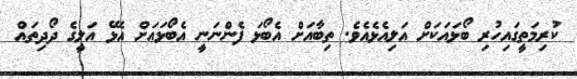
ކުރިމަތީގައިހުރި ބޯޅައަކަށް އަލިއެޅެއެވެ. ތިބާއަށް އެބޯޅަ ފެންނަނީ އެބޯޅައަށް އެޅޭ އަލީގެ ދޯދިތައް